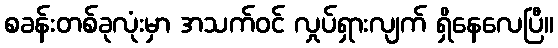
စခန်းတစ်ခုလုံးမှာ အသက်ဝင် လှုပ်ရှားလျက် ရှိနေလေပြီ။